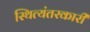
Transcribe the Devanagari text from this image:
स्थित्यंतरकारी